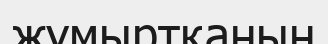
жүмыртқаның